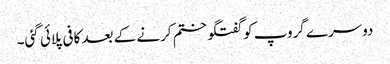
دوسرے گروپ کو گفتگو ختم کرنے کے بعد کافی پلائی گئی۔